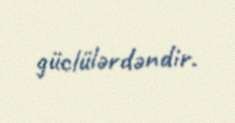
güclülərdəndir.